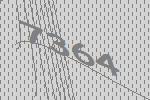
7364